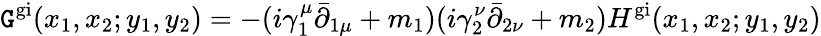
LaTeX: \mathtt{G}^{\mathrm{{gi}}}(x_{1},x_{2};y_{1},y_{2})=-(i\gamma_{1}^{\mu}\bar{{\partial}}_{1\mu}+m_{1})(i\gamma_{2}^{\nu}\bar{{\partial}}_{2\nu}+m_{2})H^{\mathrm{{gi}}}(x_{1},x_{2};y_{1},y_{2})